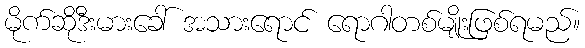
မိုက်ဆိုဒီးမားခေါ် အသားရောင် ရောဂါတစ်မျိုးဖြစ်ရမည်။